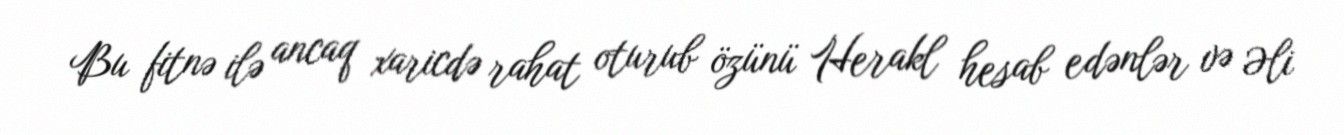
Bu fitnə ilə ancaq xaricdə rahat oturub özünü Herakl hesab edənlər və Əli